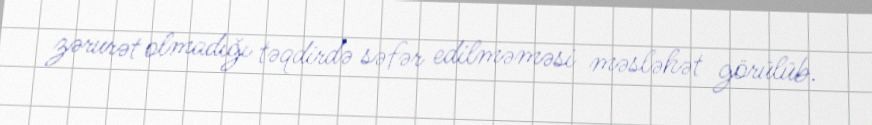
zərurət olmadığı təqdirdə səfər edilməməsi məsləhət görülüb.